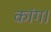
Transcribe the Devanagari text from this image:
कांग।